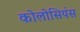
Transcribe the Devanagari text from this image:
कोलोसियंस